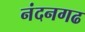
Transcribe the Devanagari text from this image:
नंदनगढ